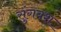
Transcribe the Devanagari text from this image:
सुंगवंश